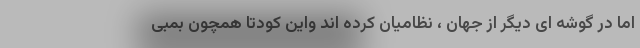
اما در گوشه ای دیگر از جهان ، نظامیان کرده اند واین کودتا همچون بمبی